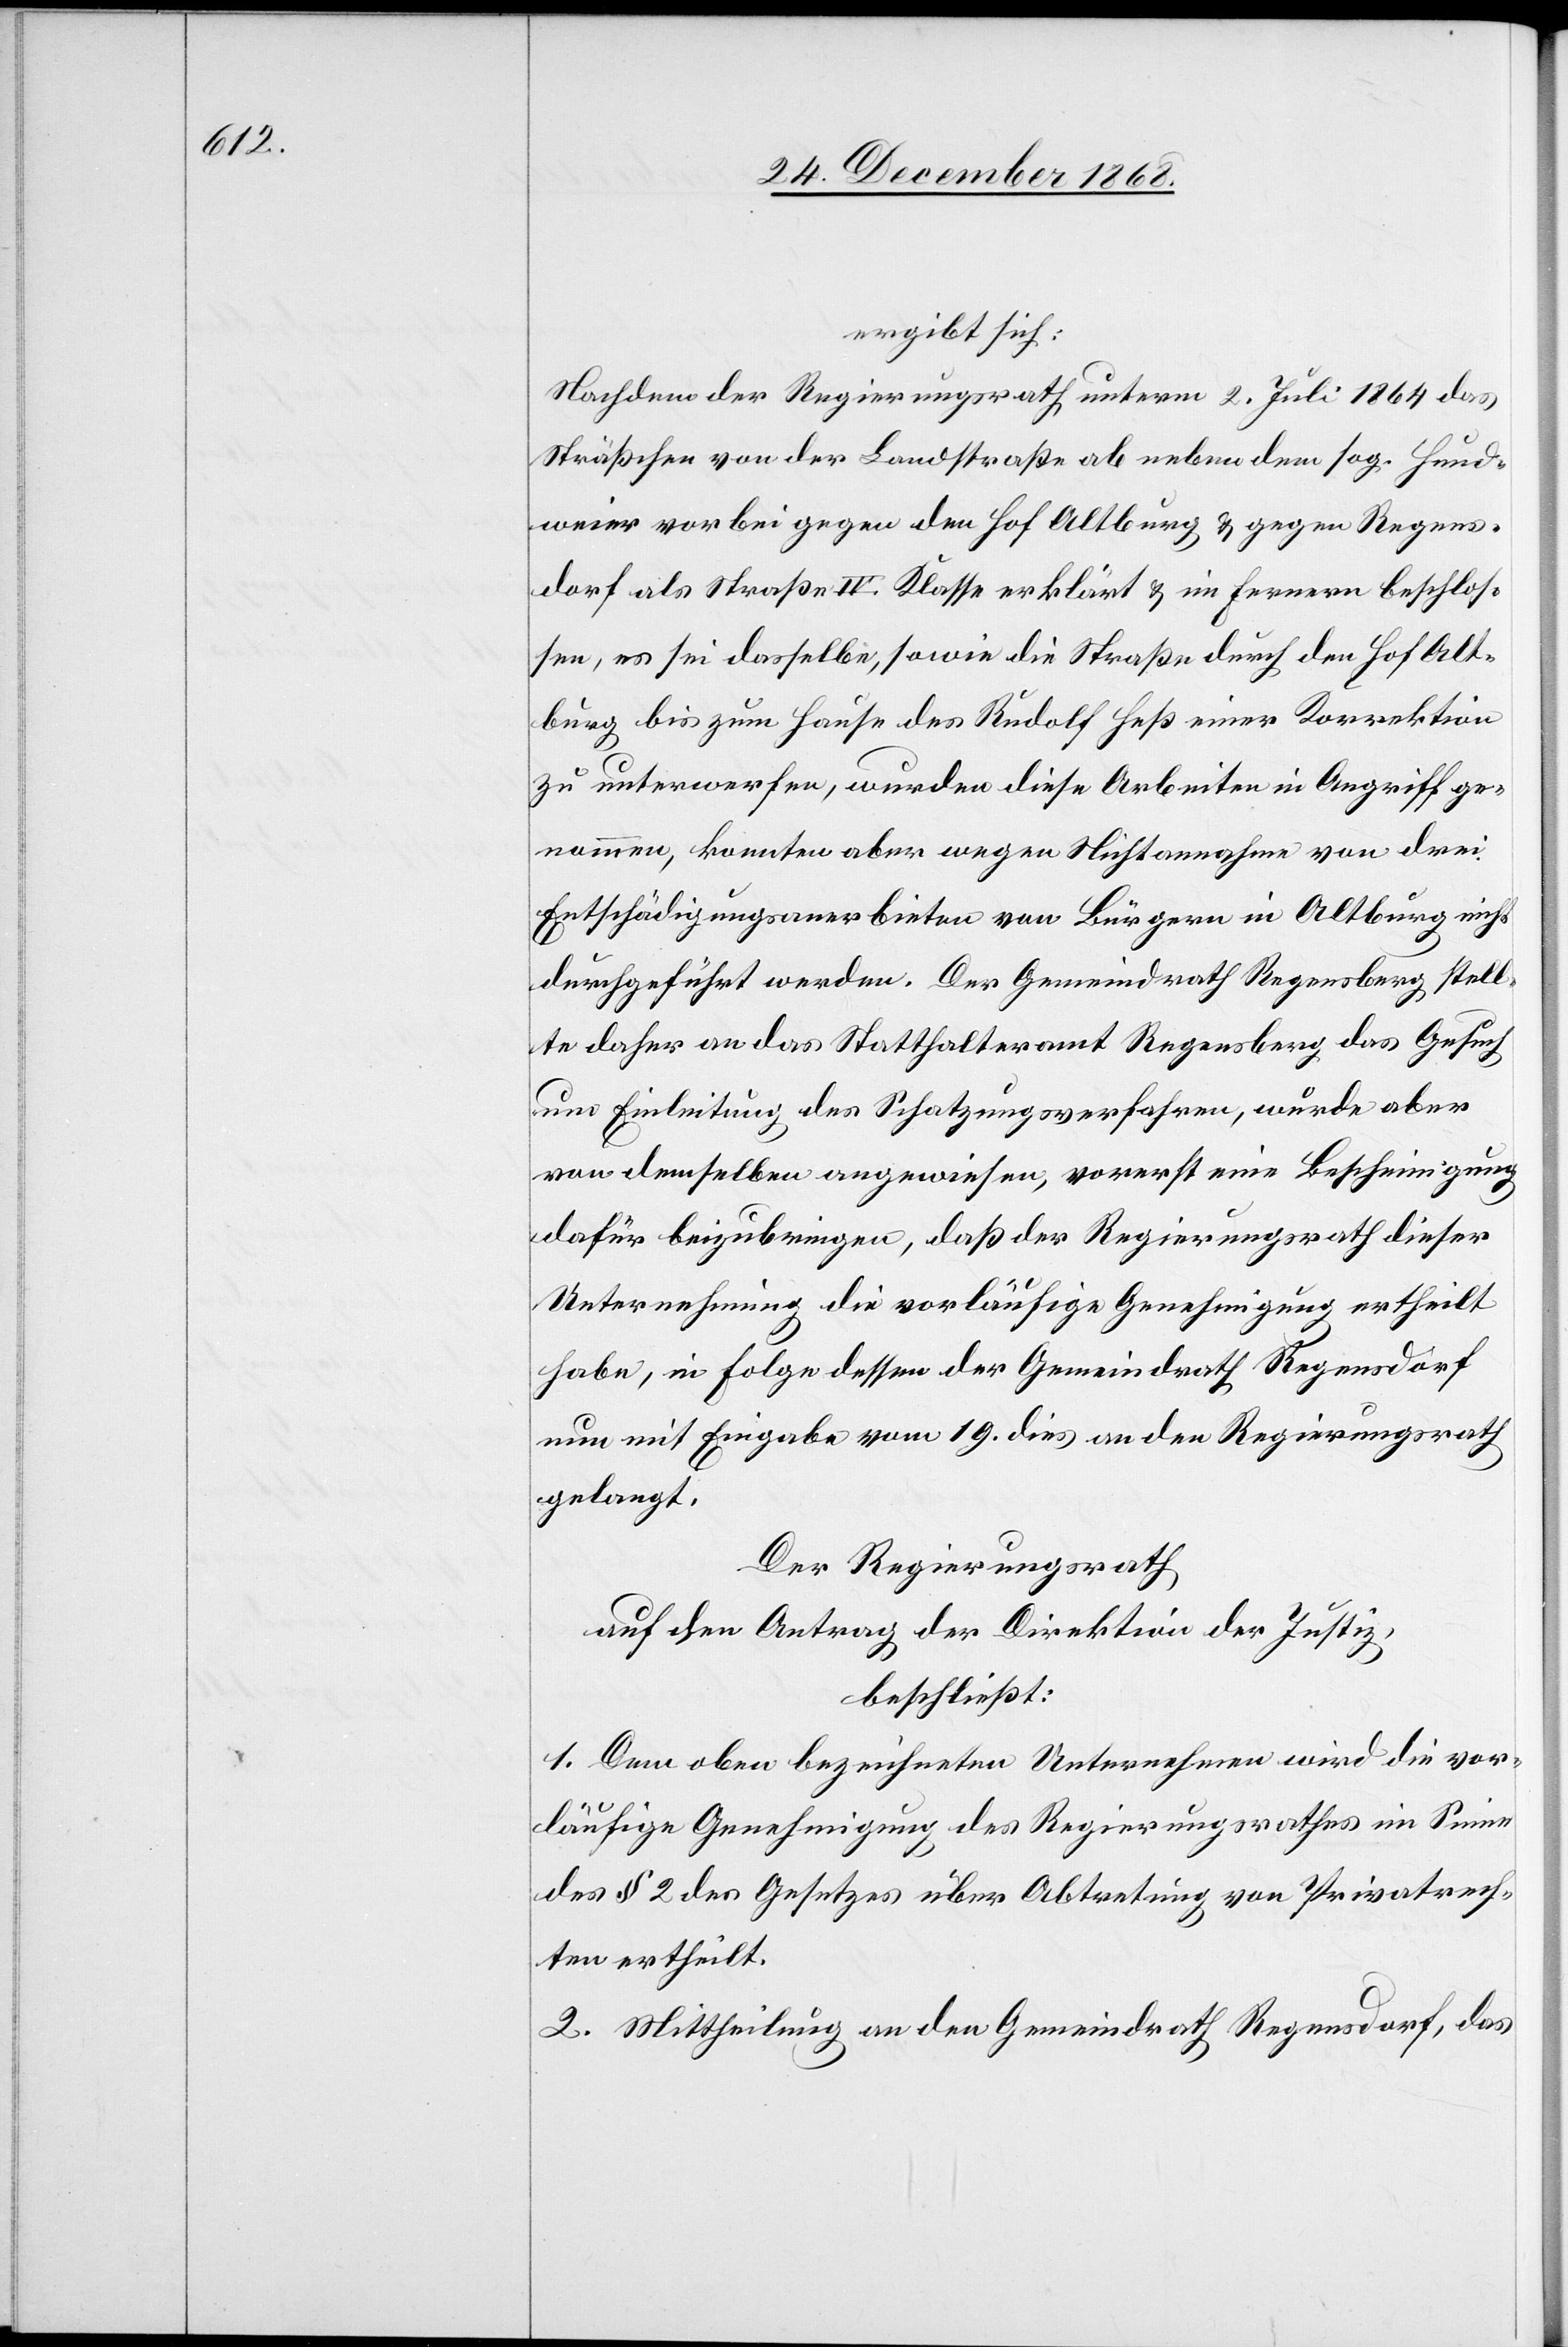
ergibt sich:
Nachdem der Regierungsrath unterm 2. Juli 1864 das
Sträßchen von der Landstraße ab neben dem sog. Hund¬
weier vorbei gegen den Hof Altburg & gegen Regens¬
dorf als Straße IV. Klasse erklärt & im Fernern beschlos¬
sen, es sei dasselbe, sowie die Straße durch den Hof Alt¬
burg bis zum Hause des Rudolf Heß einer Korrektion
zu unterwerfen, wurden diese Arbeiten in Angriff ge¬
nommen, konnten aber wegen Nichtannahme von drei
Entschädigungsanerbieten von Bürgern in Altburg nicht
durchgeführt werden. Der Gemeindrath Regensberg stell¬
te daher an das Statthalteramt Regensberg das Gesuch
um Einleitung des Schatzungsverfahren, wurde aber
von demselben angewiesen, vorerst eine Bescheinigung
dafür beizubringen, daß der Regierungsrath dieser
Unternehmung die vorläufige Genehmigung ertheilt
habe, in Folge dessen der Gemeindrath Regensdorf
nun mit Eingabe vom 19. dies an den Regierungsrath
gelangt.
Der Regierungsrath
auf den Antrag der Direktion der Justiz,
beschließt:
1. Dem oben bezeichneten Unternehmen wird die vor¬
läufige Genehmigung des Regierungsrathes im Sinne
des § 2 des Gesetzes über Abtretung von Privatrech¬
ten ertheilt.
2. Mittheilung an den Gemeindrath Regensdorf, das